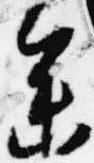
参